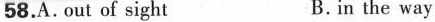
58.A. out of sight B. in the way